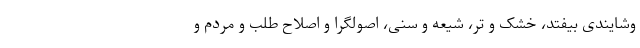
وشایندی بیفتد، خشک و تر، شیعه و سنی، اصولگرا و اصلاح طلب و مردم و